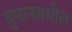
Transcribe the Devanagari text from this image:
घुमानमधील